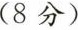
(8分)